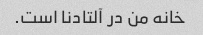
خانه من در آلتادنا است.